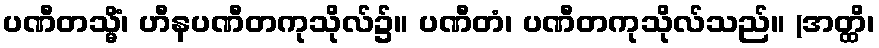
ပဏီတသ္မိံ၊ ဟီနပဏီတကုသိုလ်၌။ ပဏီတံ၊ ပဏီတကုသိုလ်သည်။ (အတ္ထိ၊